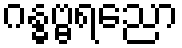
ဂန္ဓဗ္ဗရညော